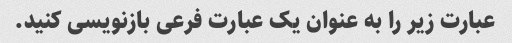
عبارت زیر را به عنوان یک عبارت فرعی بازنویسی کنید.